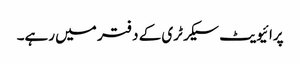
پرائیویٹ سیکرٹری کے دفتر میں رہے۔